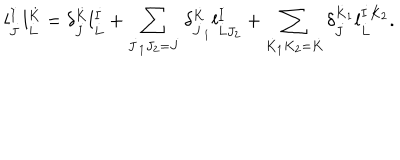
LaTeX: l _ { \dot { J } } ^ { \dot { I } } l _ { \dot { L } } ^ { \dot { K } } = \delta _ { \dot { J } } ^ { \dot { K } } l _ { \dot { L } } ^ { \dot { I } } + \sum _ { \dot { J } _ { 1 } J _ { 2 } = \dot { J } } \delta _ { \dot { J } _ { 1 } } ^ { \dot { K } } l _ { \dot { L } J _ { 2 } } ^ { \dot { I } } + \sum _ { \dot { K } _ { 1 } K _ { 2 } = \dot { K } } \delta _ { \dot { J } } ^ { \dot { K } _ { 1 } } l _ { \dot { L } } ^ { \dot { I } K _ { 2 } } .